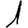
Digit: 1